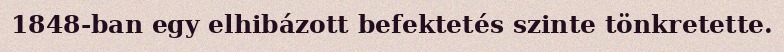
1848-ban egy elhibázott befektetés szinte tönkretette.